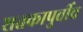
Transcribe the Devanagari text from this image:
शतकापुर्वीच